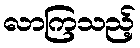
လာကြသည့်